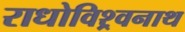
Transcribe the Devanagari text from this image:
राधोविश्र्वनाथ